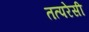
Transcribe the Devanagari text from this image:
तत्परेसी